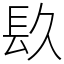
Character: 镹